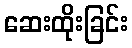
ဆေးထိုးခြင်း